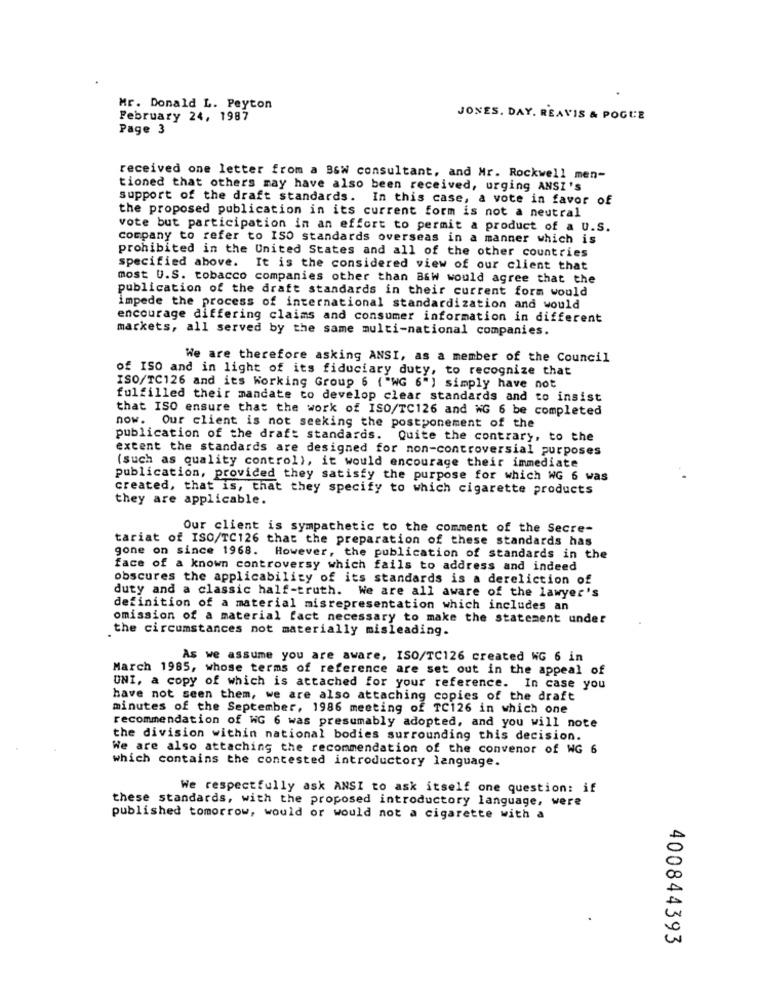
Mr. Donald L. Peyton
February 24, 1987
JONES. DAY. REAVIS & POGLE
Page 3
received one letter from a BsW consultant, and Mr. Rockwell men-
tioned that others may have also been received, urging ANSI'S
support of the draft standards. In this case, a vote in favor of
the proposed publication in its current form is not a neutral
vote but participation in an effort to permit a product of a U.S.
company to refer to ISO standards overseas in a manner which is
prohibited in the United States and all of the other countries
specified above. It is the considered view of our client that
most U.S. tobacco companies other than B&W would agree that the
publication of the draft standards in their current form would
impede the process of international standardization and would
encourage differing claims and consumer information in different
markets, all served by the same multi-national companies.
We are therefore asking ANSI, as a member of the Council
of ISO and in light of its fiduciary duty, to recognize that
ISO/TC126 and its Working Group 6 ("WG 6" ) simply have not
fulfilled their mandate to develop clear standards and to insist
that ISO ensure that the work of ISO/TC126 and NG 6 be completed
now. Our client is not seeking the postponement of the
publication of the draft standards. Quite the contrary, to the
extent the standards are designed for non-controversial purposes
(such as quality control), it would encourage their immediate
publication, provided they satisfy the purpose for which WG 6 was
created, that is, that they specify to which cigarette products
they are applicable.
Our client is sympathetic to the comment of the Secre-
tariat of ISO/TC126 that the preparation of these standards has
gone on since 1968.
However, the publication of standards in the
face of a known controversy which fails to address and indeed
obscures the applicability of its standards is a dereliction of
duty and a classic half-truth. We are all aware of the lawyer's
definition of a material misrepresentation which includes an
omission of a material fact necessary to make the statement under
the circumstances not materially misleading.
As we assume you are aware, ISO/TC126 created WG 6 in
March 1985, whose terms of reference are set out in the appeal of
UNI, a copy of which is attached for your reference. In case you
have not seen them, we are also attaching copies of the draft
minutes of the September, 1986 meeting of TC126 in which one
recommendation of WG 6 was presumably adopted, and you will note
the division within national bodies surrounding this decision.
We are also attaching the recommendation of the convenor of NG 6
which contains the contested introductory language.
We respectfully ask ANSI to ask itself one question: if
these standards, with the proposed introductory language, were
published tomorrow, would or would not a cigarette with a
400844393